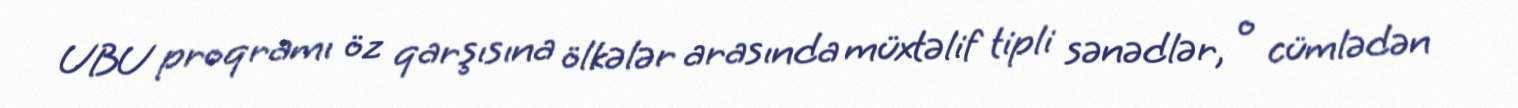
UBU proqramı öz qarşısına ölkələr arasında müxtəlif tipli sənədlər, o cümlədən